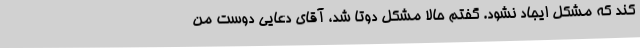
کند که مشکل ایجاد نشود. گفتم حالا مشکل دوتا شد، آقای دعایی دوست من